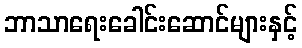
ဘာသာရေးခေါင်းဆောင်များနှင့်